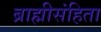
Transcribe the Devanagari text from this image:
ब्राह्मीसंहिता